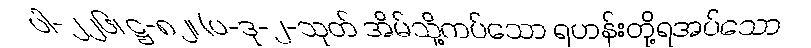
ပါ-၂၂၆၊ ဋ္ဌ-၈၂၊ (ပ-ဒု-၂-သုတ် အိမ်သို့ကပ်သော ရဟန်းတို့ရအပ်သော